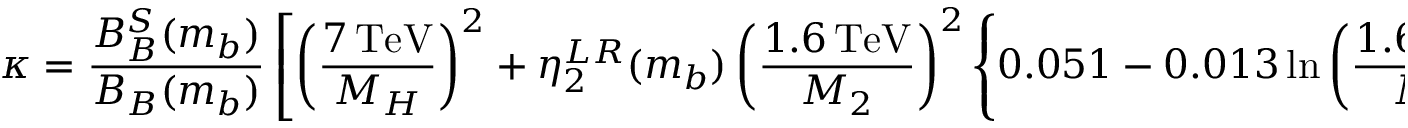
\kappa = \frac { B _ { B } ^ { S } ( m _ { b } ) } { B _ { B } ( m _ { b } ) } \left[ \left( \frac { 7 \, \mathrm { T e V } } { M _ { H } } \right) ^ { 2 } + \eta _ { 2 } ^ { L R } ( m _ { b } ) \left( \frac { 1 . 6 \, \mathrm { T e V } } { M _ { 2 } } \right) ^ { 2 } \left\{ 0 . 0 5 1 - 0 . 0 1 3 \ln \left( \frac { 1 . 6 \, \mathrm { T e V } } { M _ { 2 } } \right) ^ { 2 } \right\} \right] ,